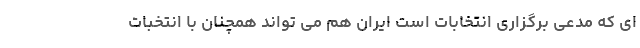
ای که مدعی برگزاری انتخابات است ایران هم می تواند همچنان با انتخبات